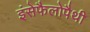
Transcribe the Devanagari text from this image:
इंसेफैलोपैथी